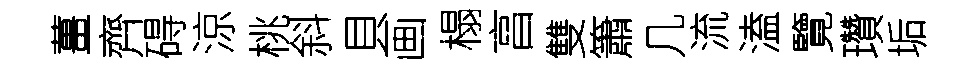
薑齊碍涼桃斜貝画榻亯雙簫几流溘覽瓚垢